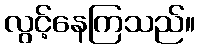
လွင့်နေကြသည်။